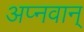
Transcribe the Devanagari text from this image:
अप्नवान्